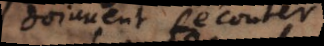
doivent écouter